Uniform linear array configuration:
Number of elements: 12
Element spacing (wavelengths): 0.5
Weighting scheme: hamming
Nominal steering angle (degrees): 0
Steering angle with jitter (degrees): -0.482
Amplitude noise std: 0.05
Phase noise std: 0.05

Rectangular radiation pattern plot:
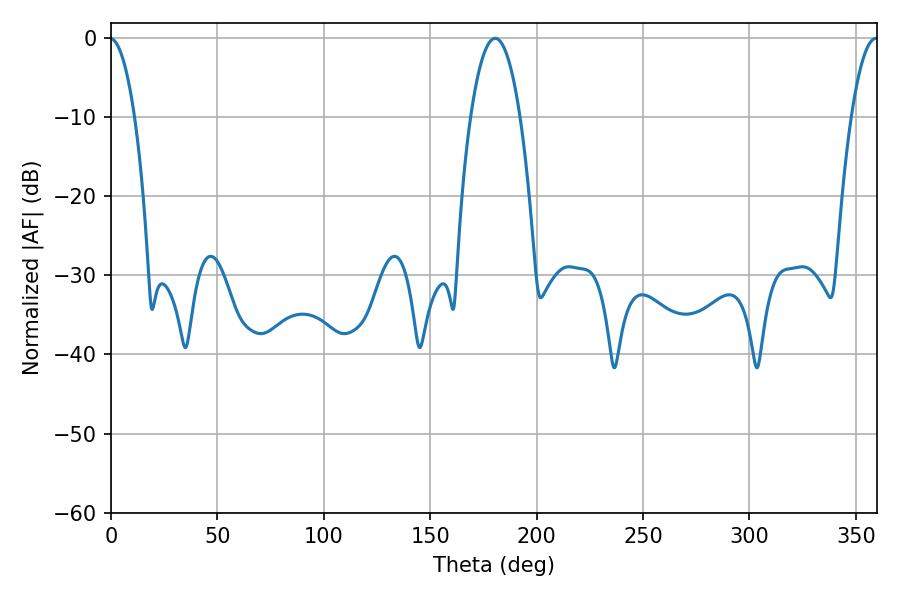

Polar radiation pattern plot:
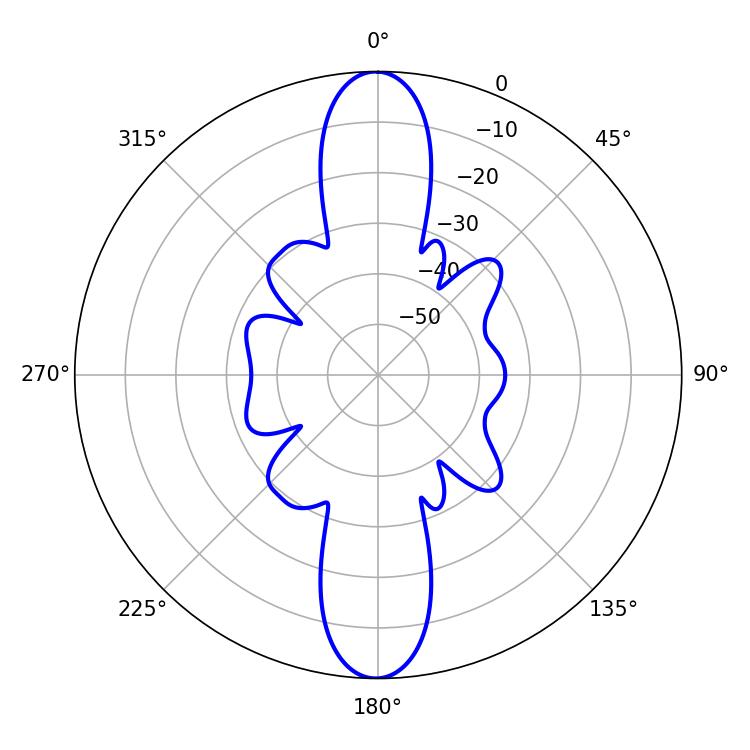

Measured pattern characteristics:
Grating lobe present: FALSE
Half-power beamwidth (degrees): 7.02
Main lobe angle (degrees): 359.46